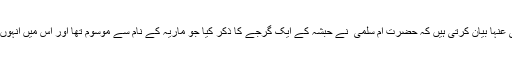
حضرت عائشہ رضی اللہ تعالیٰ عنہا بیان کرتی ہیں کہ حضرت امّ سلمیٰ ؓ نے حبشہ کے ایک گرجے کا ذکر کیا جو ماریہ کے نام سے موسوم تھا اور اس میں انہوں نے تصاویر رکھی ہوئی تھیں۔